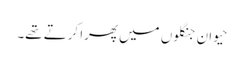
حیوان جنگلوں میں پھرا کرتے تھے۔